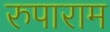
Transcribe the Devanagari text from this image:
रुपाराम